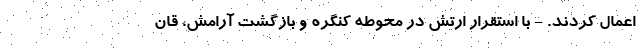
اعمال کردند. - با استقرار ارتش در محوطه کنگره و بازگشت آرامش، قان